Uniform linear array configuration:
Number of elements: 32
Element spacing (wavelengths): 1
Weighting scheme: binomial
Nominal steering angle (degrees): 0
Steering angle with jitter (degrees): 1.449
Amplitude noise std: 0.05
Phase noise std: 0.05

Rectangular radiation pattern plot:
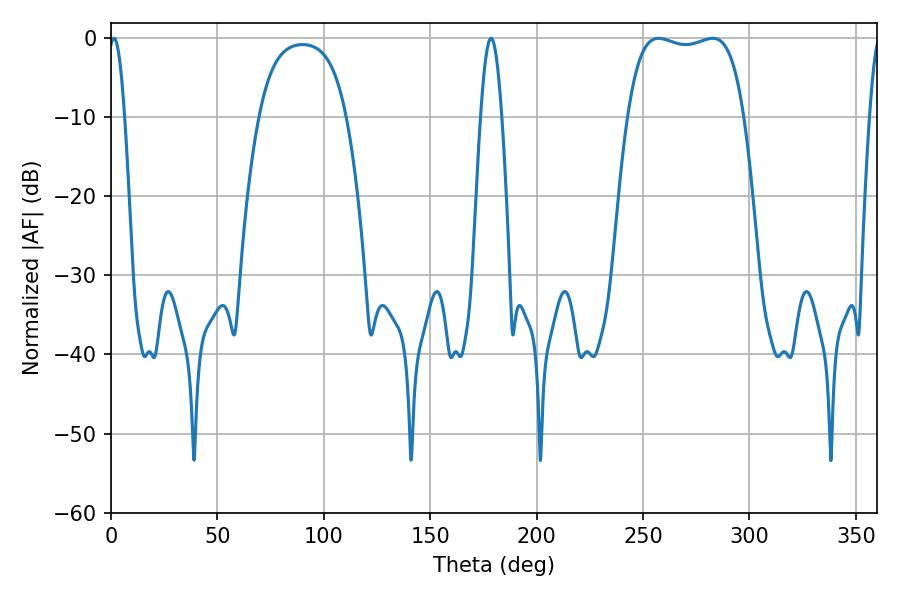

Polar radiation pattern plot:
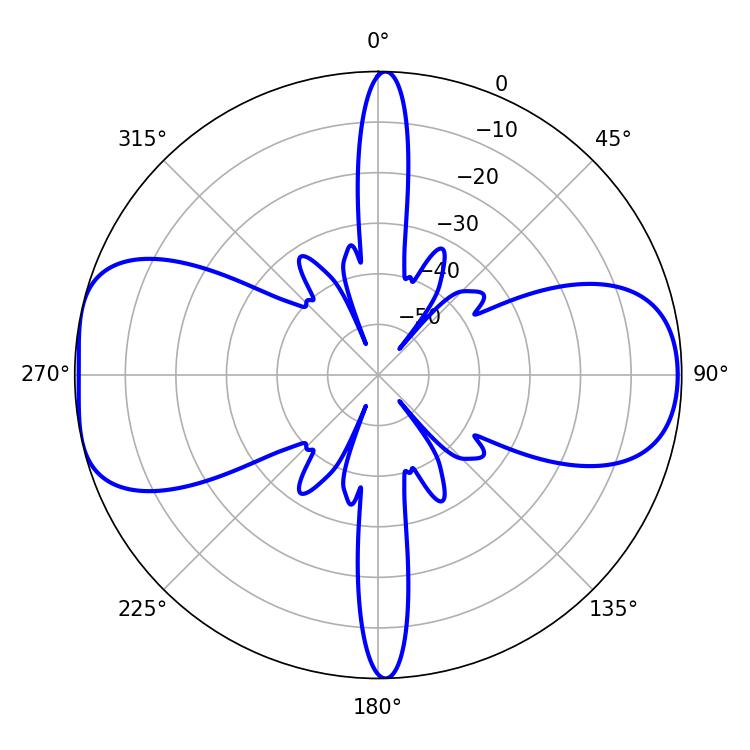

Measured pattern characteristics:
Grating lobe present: TRUE
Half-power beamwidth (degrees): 43.56
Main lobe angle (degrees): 257.22